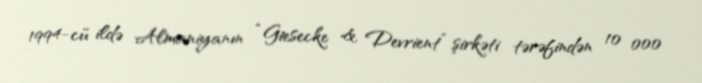
1994-cü ildə Almaniyanın “Giesecke & Devrient” şirkəti tərəfindən 10 000